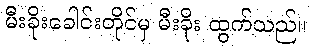
မီးခိုးခေါင်းတိုင်မှ မီးခိုး ထွက်သည်။